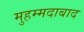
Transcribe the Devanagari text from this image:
मुहम्‍मदाबाद